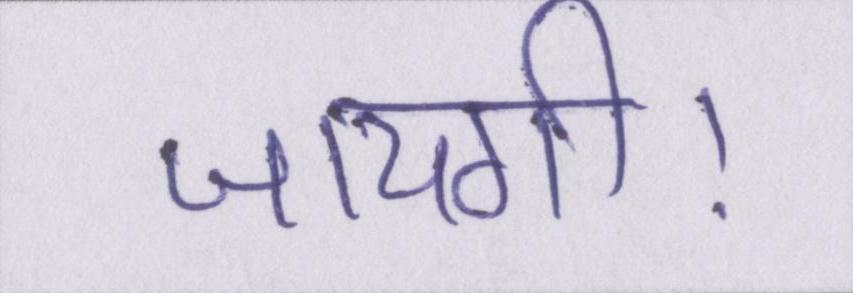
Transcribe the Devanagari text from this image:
जायगी।